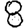
Digit: 8